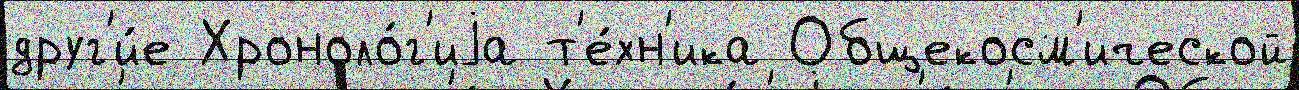
друг'и́е Хроноло́г'иjа т'е́хн'ика Общекосм'ической